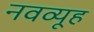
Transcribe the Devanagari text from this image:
नवव्यूह